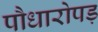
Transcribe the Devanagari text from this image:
पौधारोपड़